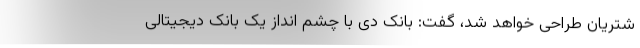
شتریان طراحی خواهد شد، گفت: بانک دی با چشم انداز یک بانک دیجیتالی